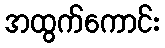
အထွက်ကောင်း